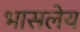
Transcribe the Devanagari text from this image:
भासलेय